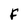
Character: F